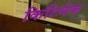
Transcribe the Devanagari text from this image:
किटिवेक